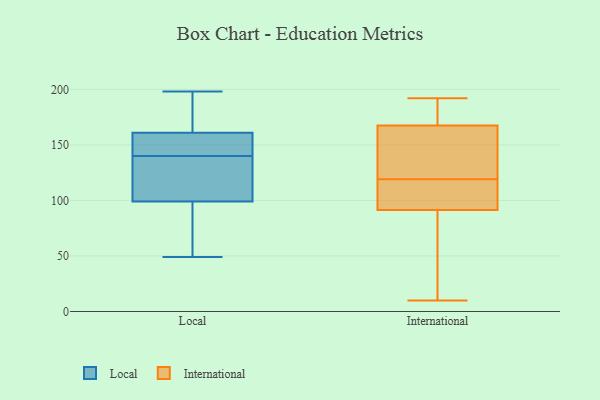
{"axis": {"x": "Humidity (%)", "y": "Value"}, "legend": ["International", "Local"], "data": [{"x": "", "y": 140, "type": "Local"}, {"x": "", "y": 198, "type": "Local"}, {"x": "", "y": 49, "type": "Local"}, {"x": "", "y": 162, "type": "Local"}, {"x": "", "y": 54, "type": "Local"}, {"x": "", "y": 99, "type": "Local"}, {"x": "", "y": 99, "type": "Local"}, {"x": "", "y": 149, "type": "Local"}, {"x": "", "y": 161, "type": "Local"}, {"x": "", "y": 161, "type": "Local"}, {"x": "", "y": 108, "type": "Local"}, {"x": "", "y": 154, "type": "International"}, {"x": "", "y": 20, "type": "International"}, {"x": "", "y": 10, "type": "International"}, {"x": "", "y": 189, "type": "International"}, {"x": "", "y": 184, "type": "International"}, {"x": "", "y": 119, "type": "International"}, {"x": "", "y": 105, "type": "International"}, {"x": "", "y": 105, "type": "International"}, {"x": "", "y": 138, "type": "International"}, {"x": "", "y": 192, "type": "International"}, {"x": "", "y": 87, "type": "International"}, {"x": "", "y": 147, "type": "International"}, {"x": "", "y": 172, "type": "International"}, {"x": "", "y": 111, "type": "International"}, {"x": "", "y": 30, "type": "International"}]}